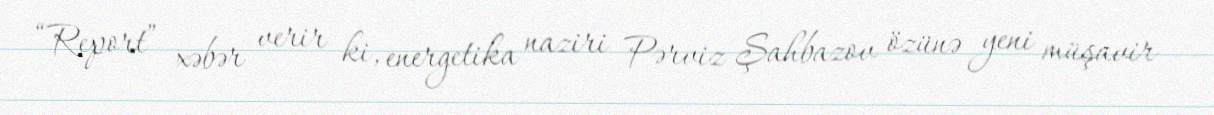
“Report” xəbər verir ki, energetika naziri Pərviz Şahbazov özünə yeni müşavir